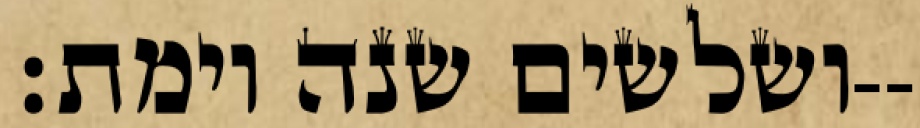
ושלשים שנה וימת׃--